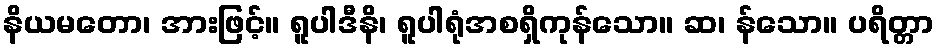
နိယမတော၊ အားဖြင့်။ ရူပါဒီနိ၊ ရူပါရုံအစရှိကုန်သော။ ဆ၊ န်သော။ ပရိတ္တာ